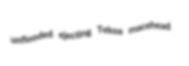
unflooded ejecting Tekoa macehead